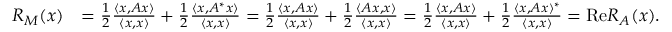
\begin{array} { r l } { R _ { M } ( x ) } & { = \frac { 1 } { 2 } \frac { \langle x , A x \rangle } { \langle x , x \rangle } + \frac { 1 } { 2 } \frac { \langle x , A ^ { * } x \rangle } { \langle x , x \rangle } = \frac { 1 } { 2 } \frac { \langle x , A x \rangle } { \langle x , x \rangle } + \frac { 1 } { 2 } \frac { \langle A x , x \rangle } { \langle x , x \rangle } = \frac { 1 } { 2 } \frac { \langle x , A x \rangle } { \langle x , x \rangle } + \frac { 1 } { 2 } \frac { \langle x , A x \rangle ^ { * } } { \langle x , x \rangle } = \mathrm { R e } R _ { A } ( x ) . } \end{array}